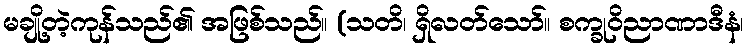
မချို့တဲ့ကုန်သည်၏ အဖြစ်သည်။ (သတိ၊ ရှိလတ်သော်။ စက္ခုဝိညာဏာဒီနံ၊